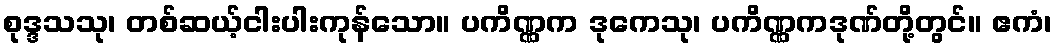
စုဒ္ဒသသု၊ တစ်ဆယ့်ငါးပါးကုန်သော။ ပကိဏ္ဏက ဒုကေသု၊ ပကိဏ္ဏကဒုဏ်တို့တွင်။ ဧကံ၊